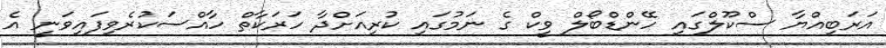
އަރަބިއްޔާ ސްކޫލްގައި ހޭންޑްބޯލް ވީކް ގެ ނަމުގައި ކުރިއަށްދާ ހަރަކާތް ހާއްސަކުރެވިފައިވަނީ އެ